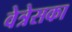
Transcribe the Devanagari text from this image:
वेत्रेसका